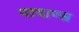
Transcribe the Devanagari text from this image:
पाषाण्स्र